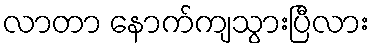
လာတာ နောက်ကျသွားပြီလား